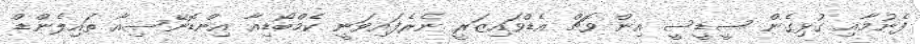
ފެނުމާއި ގުޅިގެން ސީޑީސީ އިން ވޮޗް އެޑްވައިޒަރީ ނެރެފައިވަނީ ކެމްބޯޑިއާ އިންޑޮނޭސިއާ ތައިލެންޑް